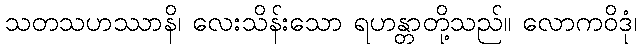
သတသဟဿာနိ၊ လေးသိန်းသော ရဟန္တာတို့သည်။ လောကဝိဒုံ၊